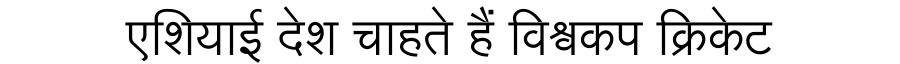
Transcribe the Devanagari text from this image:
एशियाई देश चाहते हैं विश्वकप क्रिकेट